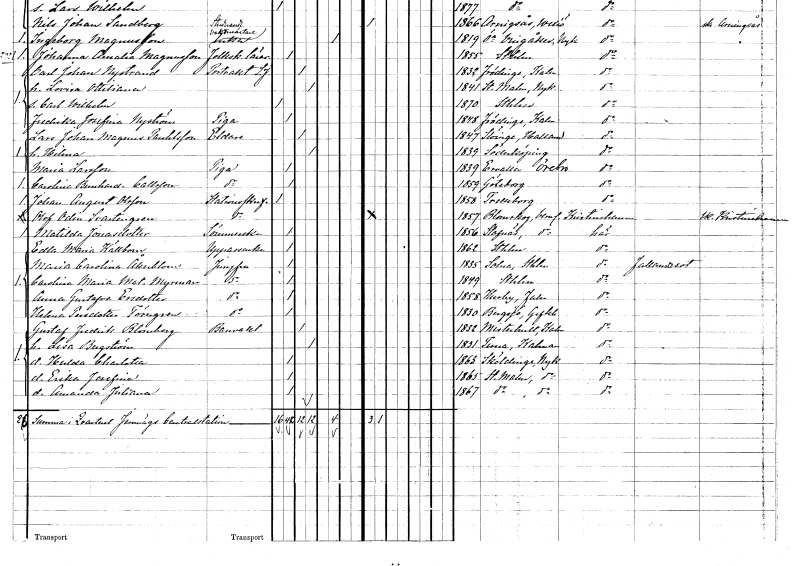
gt_parse: households: individuals: FN: Lars Johan Magnus
EN: Pauhlsson
YRKE: Eldare
KON: M
CIV: G
FODAR: 1847
FODFORS: Slöinge Hallands län
FN: Hilma
KON: K
CIV: G
FODAR: 1839
FODFORS: Söderköping Östergötlands län
FN: Maria
EN: Larsson
YRKE: Piga
KON: K
CIV: O
FODAR: 1839
FODFORS: Ervalla Örebro län
FN: Carolina Bernhardina
EN: Carlsson
YRKE: Piga
KON: K
CIV: O
FODAR: 1859
FODFORS: Göteborg Göteborgs- och Bohuslän
FN: Johan August
EN: Olsson
YRKE: Stationsskrivare
KON: M
CIV: O
FODAR: 1858
FODFORS: Trelleborg Malmöhus län
FN: Olof Odin
EN: Svartengren
YRKE: Stationsskrivare
KON: M
CIV: O
FODAR: 1857
FODFORS: Blomskog Värmlands län
FN: Matilda
EN: Jonasdotter
YRKE: Sömmerska
KON: K
CIV: O
FODAR: 1856
FODFORS: Stavnäs Värmlands län
FN: Edla Maria
EN: Källbom
YRKE: Uppasserska
KON: K
CIV: O
FODAR: 1862
FODFORS: Stockholm
FN: Maria Carolina
EN: Åkerblom
YRKE: Jungfru
KON: K
CIV: O
FODAR: 1835
FODFORS: Solna Stockholms län
FN: Carolina Maria Matilda
EN: Myrman
YRKE: Jungfru
KON: K
CIV: O
FODAR: 1849
FODFORS: Stockholm
FN: Anna Gustafva
EN: Ersdotter
YRKE: Jungfru
KON: K
CIV: O
FODAR: 1858
FODFORS: Husby Kopparbergs län
FN: Helena
EN: Persdotter Törngren
YRKE: Jungfru
KON: K
CIV: O
FODAR: 1830
FODFORS: Bergsjö Gävleborgs län
FN: Gustaf Fredrik
EN: Blomberg
YRKE: Banvaktare
KON: M
CIV: G
FODAR: 1832
FODFORS: Misterhult Kalmar län
FN: Lisa
EN: Bergström
KON: K
CIV: G
FODAR: 1831
FODFORS: Tuna Kalmar län
FN: Hulda Charlotta
KON: K
CIV: O
FODAR: 1863
FODFORS: Sköldinge Södermanlands län
FN: Erika Josefina
KON: K
CIV: O
FODAR: 1865
FODFORS: Stora Malm Södermanlands län
FN: Amanda Juliana
KON: K
CIV: O
FODAR: 1867
FODFORS: Stora Malm Södermanlands län